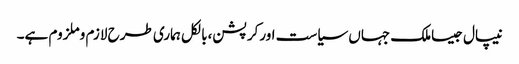
نیپال جیساملک جہاں سیاست اورکرپشن،بالکل ہماری طرح لازم وملزوم ہے۔